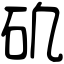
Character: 𥐥